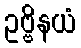
ဥဗ္ဗိနယံ